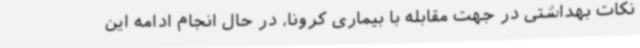
نکات بهداشتی در جهت مقابله با بیماری کرونا، در حال انجام ادامه این